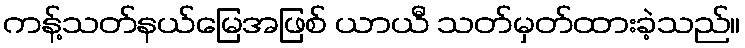
ကန့်သတ်နယ်မြေအဖြစ် ယာယီ သတ်မှတ်ထားခဲ့သည်။